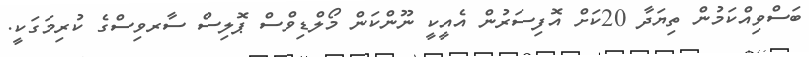
ބަސްވިއްކަމުން ތިޔަދާ 20ކަށް އޮފިސަރުން އެއީކީ ނޫންކަން މޯލްޑިވްސް ޕޮލިސް ސާރވިސްގެ ކުރިމަގަކީ.